Vaccination North-Western Provinces and Oudh 1878-1895 - 1878-1895
Year: 1878
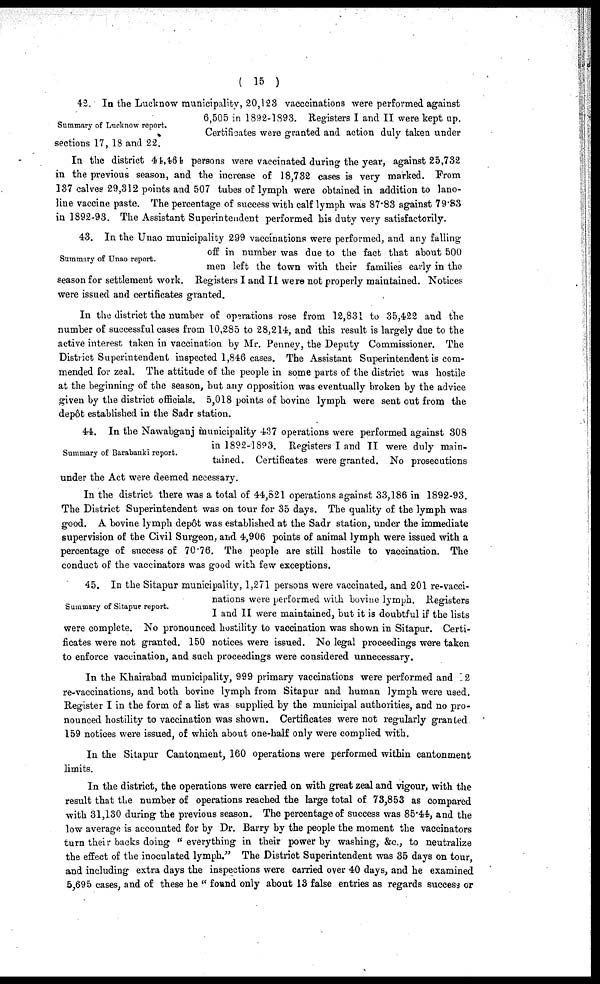
( 15 )
Summary of Lucknow report.
42. In the Lucknow municipality, 20,123 vacccinations were performed against
6,505 in 1892-1893. Registers I and II were kept up.
Certificates were granted and action duly taken under
sections 17, 18 and 22.
In the district 44,464 persons were vaccinated during the year, against 25,732
in the previous season, and the increase of 18,732 cases is very marked. From
137 calves 29,312 points and 507 tubes of lymph were obtained in addition to lano-
line vaccine paste. The percentage of success with calf lymph was 87.83 against 79.83
in 1892-93. The Assistant Superintendent performed his duty very satisfactorily.
Summary of Unao report.
43. In the Unao municipality 299 vaccinations were performed, and any falling
off in number was due to the fact that about 500
men left the town with their families early in the
season for settlement work. Registers I and II were not properly maintained. Notices
were issued and certificates granted.
In the district the number of operations rose from 12,831 to 35,422 and the
number of successful cases from 10,285 to 28,214, and this result is largely due to the
active interest taken in vaccination by Mr. Penney, the Deputy Commissioner. The
District Superintendent inspected 1,846 cases. The Assistant Superintendent is com-
mended for zeal. The attitude of the people in some parts of the district was hostile
at the beginning of the season, but any opposition was eventually broken by the advice
given by the district officials. 5,018 points of bovine lymph were sent out from the
depôt established in the Sadr station.
Summary of Barabanki report.
44. In the Nawabganj municipality 437 operations were performed against 308
in 1892-1893. Registers I and II were duly main-
tained. Certificates were granted. No prosecutions
under the Act were deemed necessary.
In the district there was a total of 44,821 operations against 33,186 in 1892-93.
The District Superintendent was on tour for 35 days. The quality of the lymph was
good. A bovine lymph depôt was established at the Sadr station, under the immediate
supervision of the Civil Surgeon, and 4,906 points of animal lymph were issued with a
percentage of success of 70.76. The people are still hostile to vaccination. The
conduct of the vaccinators was good with few exceptions.
Summary of Sitapur report.
45. In the Sitapur municipality, 1,271 persons were vaccinated, and 201 re-vacci-
nations were performed with bovine lymph. Registers
I and II were maintained, but it is doubtful if the lists
were complete. No pronounced hostility to vaccination was shown in Sitapur. Certi-
ficates were not granted. 150 notices were issued. No legal proceedings were taken
to enforce vaccination, and such proceedings were considered unnecessary.
In the Khairabad municipality, 999 primary vaccinations were performed and 2
re-vaccinations, and both bovine lymph from Sitapur and human lymph were used.
Register I in the form of a list was supplied by the municipal authorities, and no pro-
nounced hostility to vaccination was shown. Certificates were not regularly granted
159 notices were issued, of which about one-half only were complied with.
In the Sitapur Cantonment, 160 operations were performed within cantonment
limits.
In the district, the operations were carried on with great zeal and vigour, with the
result that the number of operations reached the large total of 73,853 as compared
with 31,130 during the previous season. The percentage of success was 85.44, and the
low average is accounted for by Dr. Barry by the people the moment the vaccinators
turn their backs doing " everything in their power by washing, &c., to neutralize
the effect of the inoculated lymph." The District Superintendent was 35 days on tour,
and including extra days the inspections were carried over 40 days, and he examined
5,695 cases, and of these he " found only about 13 false entries as regards success or